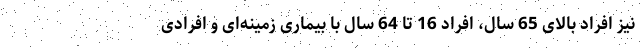
نیز افراد بالای 65 سال، افراد 16 تا 64 سال با بیماری زمینه‌ای و افرادی